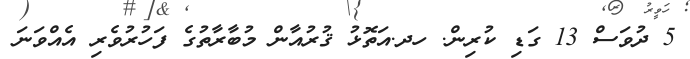
5 ދުވަސް 13 ގަޑި ކުރިން. ހދ.އަތޮޅު ޤުރުއާން މުބާރާތުގެ ފަހުރުވެރި އެއްވަނަ